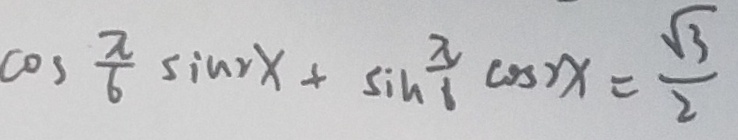
\cos \frac { \pi } { 6 } \sin 2 x + \sin \frac { \pi } { 1 } \cos 2 x = \frac { \sqrt { 3 } } { 2 }